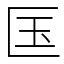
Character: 匤